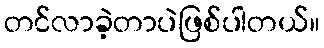
တင်လာခဲ့တာပဲဖြစ်ပါတယ်။